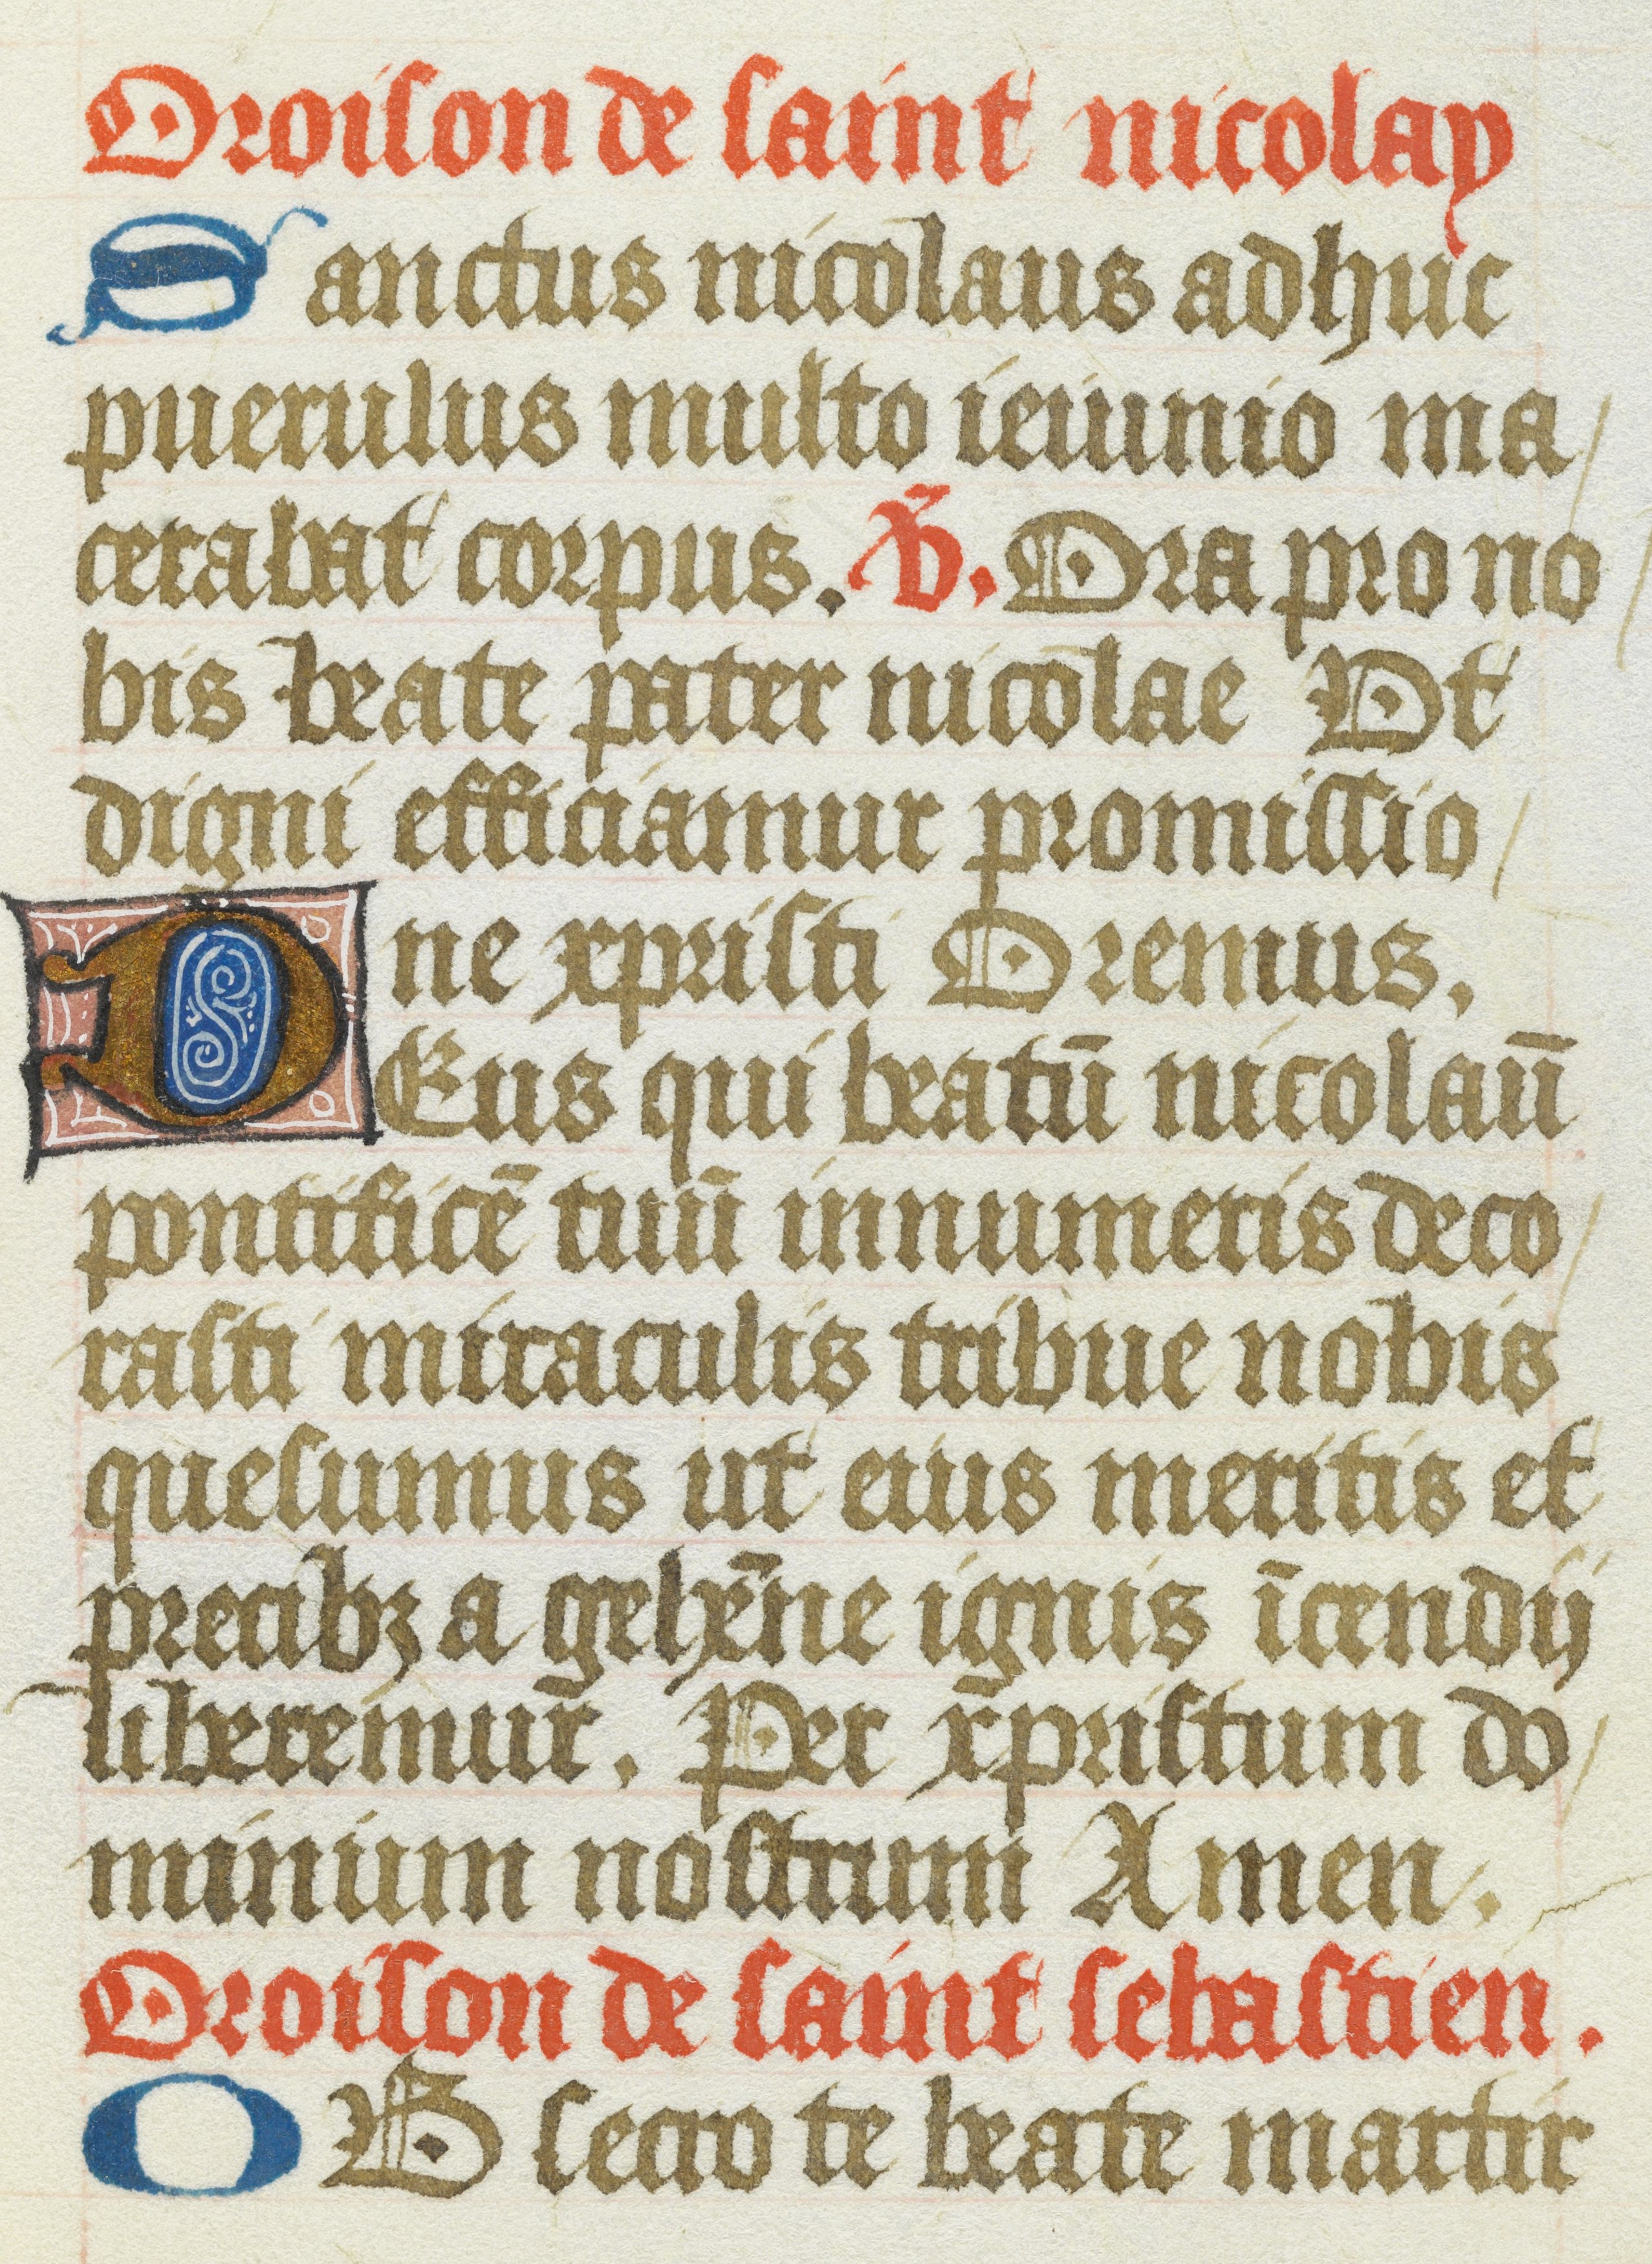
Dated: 1485–1515